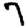
Digit: 7